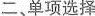
二、单项选择